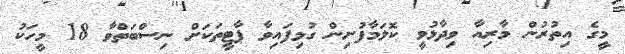
މީގެ އިތުރުން މާރިއާ ވިދާޅުވީ ކޮލަމާފުށިން ގުޅިފައިވާ ޕާޓީތަކަށް ނިސްބަތްވާ 18 މީހަކު